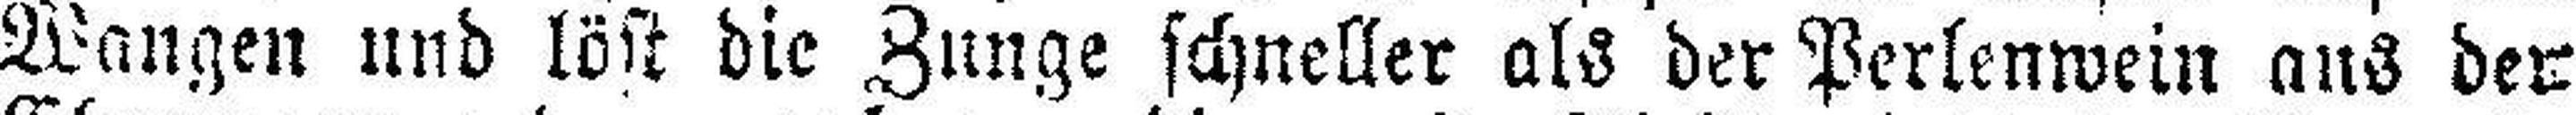
Wangen und löst die Zunge schneller als der Perlenwein aus der